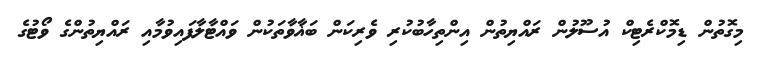
މިގޮތުން ޑިމޮކްރެޓިކް އުސޫލުން ރައްޔިތުން އިންތިހާބުކުރި ވެރިކަން ބަޣާވާތަކުން ވައްޓާލާފައިވުމާއި ރައްޔިތުންގެ ވޯޓުގެ